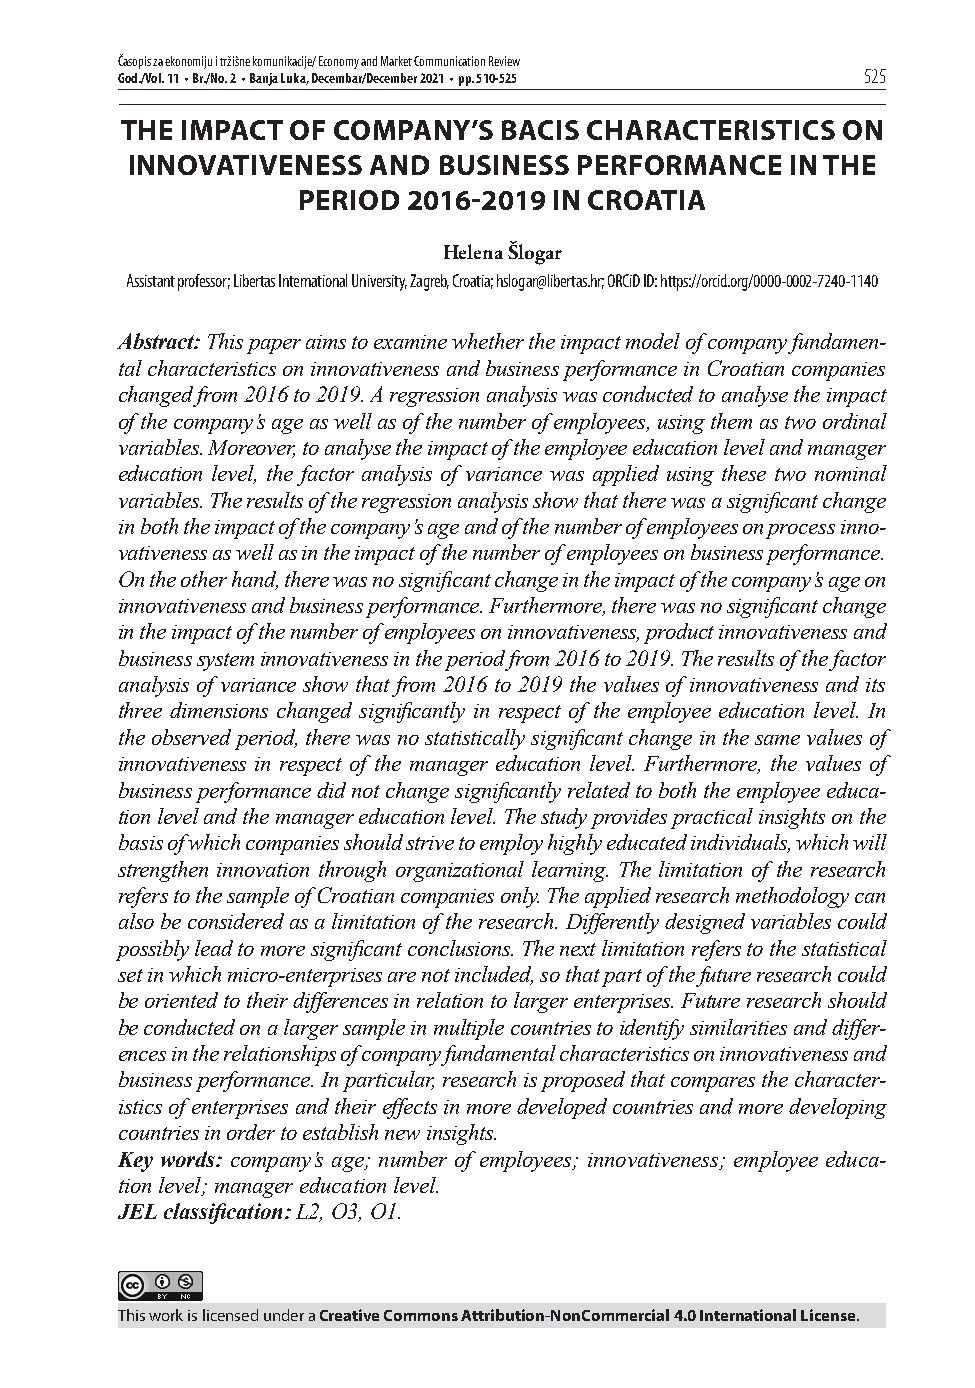
Časopis za ekonomiju i tržišne komunikacije/ Economy and Market Communication Review
 God./Vol. 11 • Br./No. 2 • Banja Luka, Decembar/December 2021 • pp. 510-525 525
 THE IMPACT OF COMPANY’S  BACIS CHARACTERISTICS  ON
 INNOVATIVENESS   AND BUSINESS PERFORMANCE   IN THE
 PERIOD 20162019 IN CROATIA
 Helena Šlogar
 Assistant professor; Libertas International University, Zagreb, Croatia; hslogar@libertas.hr; ORCiD ID: https://orcid.org/0000-0002-7240-1140
 Abstract: This paper aims to examine whether the impact model of company fundamen-
 tal characteristics on innovativeness and business performance in Croatian companies
 changed from 2016 to 2019. A regression analysis was conducted to analyse the impact
 of the company’s age as well as of the number of employees, using them as two ordinal
 variables. Moreover, to analyse the impact o f the employee education level and manager
 education level, the factor analysis of variance was applied using these two nominal
 variables. The results of the regression analysis show that there was a signifi cant change
 in both the impact of the company’s age and of the number of employees on process inno-
 vativeness as well as in the impact of the number of employees on business performance.
 On the other hand, there was no signifi cant change in the impact of the company’s age on
 innovativeness and business performance. Furthermore, there was no signifi cant change
 in the impact of the number of employees on innovativeness, product innovativeness and
 business system innovativeness in the period from 2016 to 2019. The results of the factor
 analysis of variance show that from 2016 to 2019 the values of innovativeness and its
 three dimensions changed signifi cantly in respect of the employee education level. In
 the observed period, there was no statistically signifi cant change in the same values of
 innovativeness in respect of the manager education level. Furthermore, the values of
 business performance did not change signifi cantly related to both the employee educa-
 tion level and the manager education level. The study provides practical insights on the
 basis of which companies should strive to employ highly educated individuals, which will
 strengthen innovation through organizational learning. The limitation of the research
 refers to the sample of Croatian companies only. The applied research methodology can
 also be considered as a limitation of the research. Diff erently designed variables could
 possibly lead to more signifi cant conclusions. The next limitation refers to the statistical
 set in which micro-enterprises are not included, so that part of the future research could
 be oriented to their diff erences in relation to larger enterprises. Future research should
 be conducted on a larger sample in multiple countries to identify similarities and diff er-
 ences in the relationships of company fundamental characteristics on innovativeness and
 business performance. In particular, research is proposed that compares the character-
 istics of enterprises and their eff ects in more developed countries and more developing
 countries in order to establish new insights.
 Key words: company’s age; number of employees; innovativeness; employee educa-
 tion level; manager education level.
 JEL classifi cation: L2, O3, O1.
 This work is licensed under a Creative Commons Attribution-NonCommercial 4.0 International License.